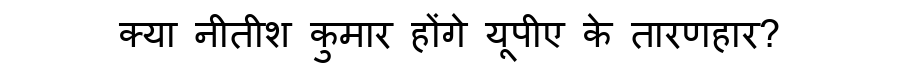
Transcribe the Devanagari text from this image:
क्या नीतीश कुमार होंगे यूपीए के तारणहार?